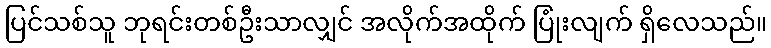
ပြင်သစ်သူ ဘုရင်းတစ်ဦးသာလျှင် အလိုက်အထိုက် ပြုံးလျက် ရှိလေသည်။